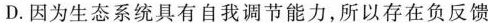
D.因为生态系统具有自我调节能力，所以存在负反馈